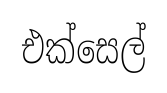
එක්සෙල්